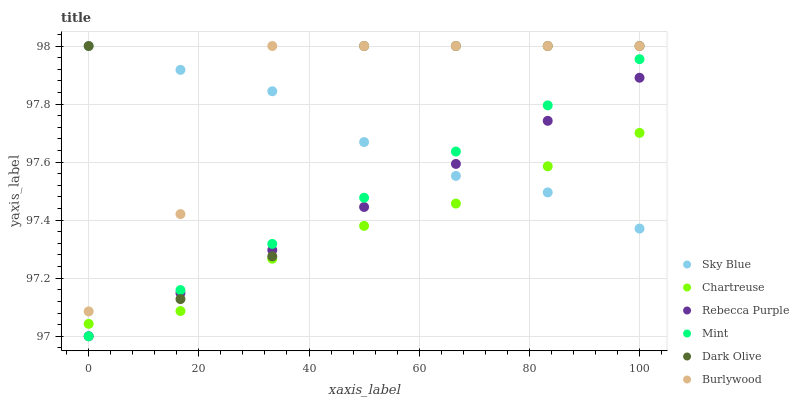
| xaxis_label | Sky Blue | Chartreuse | Rebecca Purple | Mint | Dark Olive | Burlywood |
 | --- | --- | --- | --- | --- | --- | --- |
 | 0 | 98 | 97 | 97 | 97 | 98 | 97.1 |
 | 16.7 | 97.9 | 97.1 | 97.1 | 97.2 | 97.1 | 97.4 |
 | 33.3 | 97.8 | 97.3 | 97.3 | 97.3 | 97.3 | 98 |
 | 50 | 97.7 | 97.4 | 97.4 | 97.5 | 98 | 98 |
 | 66.7 | 97.6 | 97.5 | 97.6 | 97.6 | 98 | 98 |
 | 83.3 | 97.5 | 97.6 | 97.7 | 97.8 | 98 | 98 |
 | 100 | 97.4 | 97.7 | 97.9 | 98 | 98 | 98 |